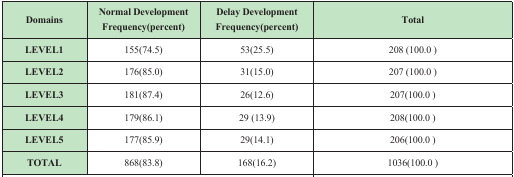
<table><thead><tr><td><b>Domains</b></td><td><b>Normal DevelopmentFrequency(percent)</b></td><td><b>Delay DevelopmentFrequency(percent)</b></td><td><b>Total</b></td></tr></thead><tbody><tr><td><b>LEVEL1</b></td><td>155(74.5 )</td><td>53(25.5 )</td><td>208 (100.0 )</td></tr><tr><td><b>LEVEL2</b></td><td>176(85.0 )</td><td>31(15.0 )</td><td>207 (100.0 )</td></tr><tr><td><b>LEVEL3</b></td><td>181(87.4 )</td><td>26(12.6 )</td><td>207(100.0 )</td></tr><tr><td><b>LEVEL4</b></td><td>179(86.1 )</td><td>29 (13.9 )</td><td>208(100.0 )</td></tr><tr><td><b>LEVEL5</b></td><td>177(85.9 )</td><td>29(14.1 )</td><td>206(100.0 )</td></tr><tr><td><b>TOTAL</b></td><td>868(83.8 )</td><td>168(16.2 )</td><td>1036(100.0 )</td></tr></tbody></table>